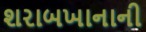
શરાબખાનાની